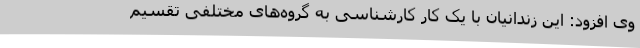
وی افزود: این زندانیان با یک کار کارشناسی به گروه‌های مختلفی تقسیم